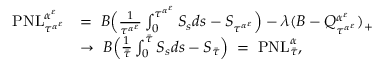
\begin{array} { r l } { \mathrm { P N L } _ { \tau ^ { \alpha ^ { \varepsilon } } } ^ { \alpha ^ { \varepsilon } } } & { = \; B \Big ( \frac { 1 } { \tau ^ { \alpha ^ { \varepsilon } } } \int _ { 0 } ^ { \tau ^ { \alpha ^ { \varepsilon } } } S _ { s } d s - S _ { \tau ^ { \alpha ^ { \varepsilon } } } \Big ) - \lambda ( B - Q _ { \tau ^ { \alpha ^ { \varepsilon } } } ^ { \alpha ^ { \varepsilon } } ) _ { + } } \\ & { \rightarrow \; B \Big ( \frac { 1 } { \bar { \tau } } \int _ { 0 } ^ { \bar { \tau } } S _ { s } d s - S _ { \bar { \tau } } \Big ) \; = \; \mathrm { P N L } _ { \bar { \tau } } ^ { \alpha } , } \end{array}